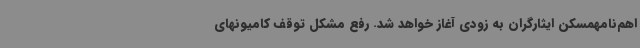
اهم‌نامهمسکن ایثارگران به زودی آغاز خواهد شد. رفع مشکل توقف کامیونهای